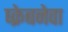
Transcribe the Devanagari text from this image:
ष्क्रेबनेवा